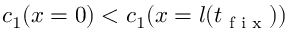
c _ { 1 } ( x = 0 ) < c _ { 1 } ( x = l ( t _ { \tiny { \textrm { f i x } } } ) )